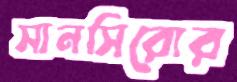
সানসিরোর